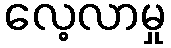
လေ့လာမှု